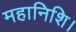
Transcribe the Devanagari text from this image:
महानिशि।